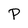
Character: P